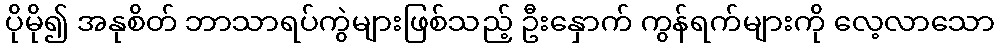
ပိုမို၍ အနုစိတ် ဘာသာရပ်ကွဲများဖြစ်သည့် ဦးနှောက် ကွန်ရက်များကို လေ့လာသော